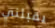
يقبلني